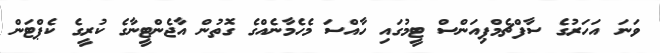
ވަނަ އަހަރުގެ ސާފްޗެމްޕިއަންސް ޓީމުގައި ހާއްސަ މެހެމާނެއްގެ ގޮތުން އާޖެންޓީނާގެ ކުރީގެ ކެޕްޓަން